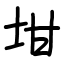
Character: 坩